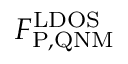
F _ { \mathrm { P , Q N M } } ^ { \mathrm { L D O S } }